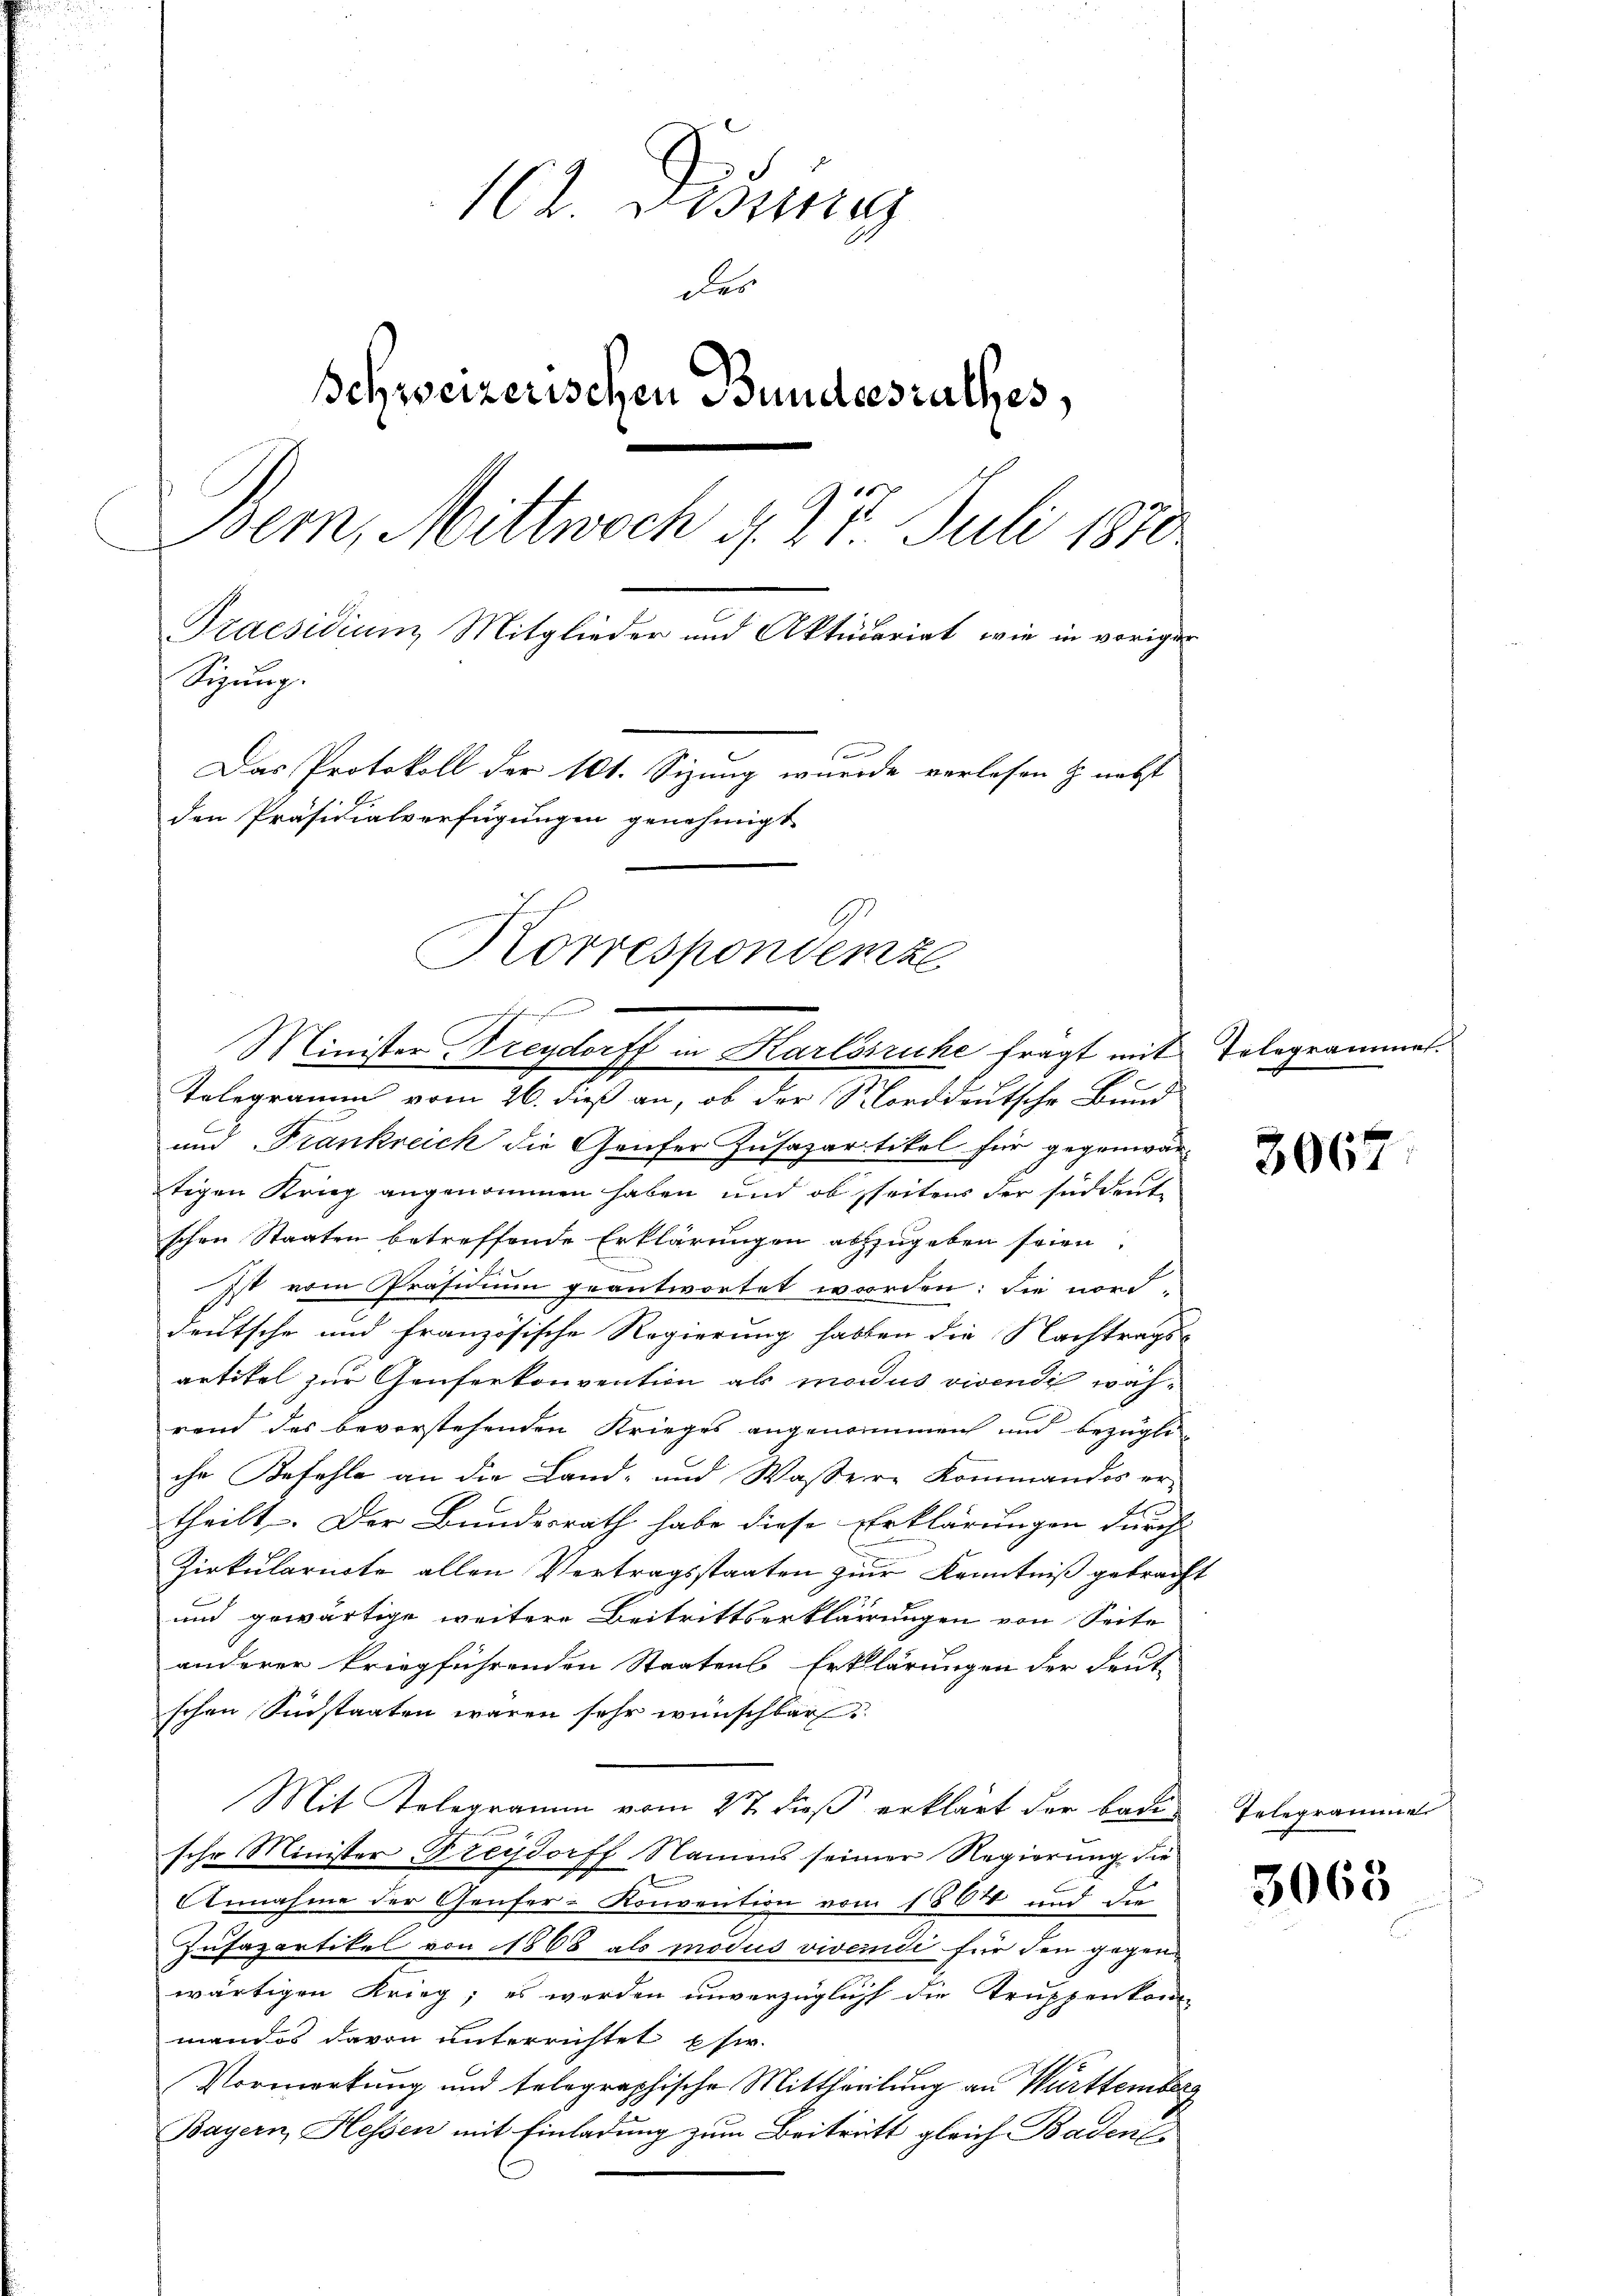
162 desse
des
Schweizerischen Bundesrathes,
sern, Mittwoch d. 27. Juli 1870
Praesidium Mitglieder und Aktuariat, wie in vorigen
Sizung.
Das Protokoll der 101. Sizung wurde verlesen & nebst
b.
den Präsidialverfügungen genehmigt.
Korrespondenze

uchen Fr

Telegramm vom 26. dieß an, ob der Norddeutsche Bund
und Frankreich die Genfer Zusapartikel für gegenwärtigen Krieg angenommen haben und ob seitens der süddeute
schen Staaten betreffende Erklärungen abzugeben seien.
Ist vom Präsidium geantwortet worden; die nord-
deutsche und französische Regierung habten die Nachtrags-
artikel zur Genferkonvention als modus vivendi während das bevorstehenden Krieges angenommen und bezügliche Befehle an die Land- und Wassere Kommandes er-
theilt. Der Bundesrath habe diese Erklärungen durch
Zirkularirte allen Vertragsstaaten zur Kenntniß gebracht
und gewärtige weitere Beitrittserklärungen von Seite
anderer kriegführenden Staatens Erklärungen der deut-
schen Sinstaaten waren sehr wünschbar
Mit Kolegramm vom 2t dieß erklärt der bade
sehr Minister Freydorff Namens seiner Regierung die
Annahme der Genfer-Konvention von 1864 und den
Zufapartikel von 1868 als modus vivendi für den gegen
wärtigen Krieg, es werden unverzüglich die Truppenkom-
mandos davon unterrichtet usw.
Vormerkung und telegraphische Mittheilung an Württemberg
Bayern, Hessen mit Einladung zum Beitritt gleich Baden

Minister-Treydorff in Karlsruhe fragt mit Telegrammes.

3067

Telegramme

3068